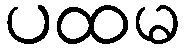
ပထမ